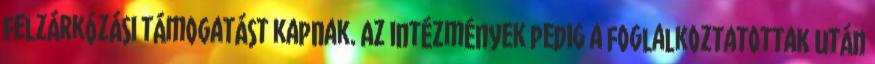
felzárkózási támogatást kapnak. Az intézmények pedig a foglalkoztatottak után